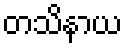
တသိနာယ